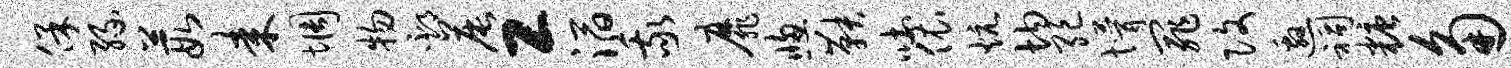
保缘葭耒惆物邳晨工滔我靡窗鞅吐依炕均绝懵罪改邀祠糖角